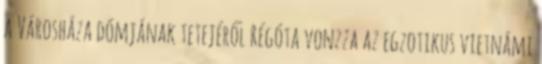
a Városháza dómjának tetejéről Régóta vonzza az egzotikus vietnámi